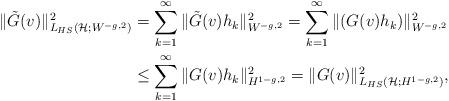
LaTeX: \begin{align*}\|\tilde G(v)\|^2_{L_{HS}(\mathcal H;W^{-g,2})}&= \sum_{k=1}^\infty \|\tilde G(v)h_k\|^2_{W^{-g,2}}= \sum_{k=1}^\infty \| (G(v)h_k)\|^2_{W^{-g,2}}\\&\le \sum_{k=1}^\infty \|G(v)h_k\|^2_{H^{1-g,2}} =\|G(v)\|^2_{L_{HS}(\mathcal H;H^{1-g,2})},\end{align*}